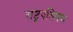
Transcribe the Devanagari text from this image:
राष्ट्रपतिगण